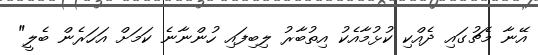
އޭނާ މެޗުގައި ދެއްކި ކުޅުމާއެކު އިތުބާރު ލިބިފައި ހުންނާނެ ކަމަށް އަހަރެން ބެލީ"